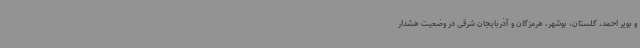
و بویر احمد، گلستان، بوشهر، هرمزگان و آذربایجان شرقی در وضعیت هشدار